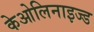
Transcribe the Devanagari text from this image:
केओलिनाइज्ड